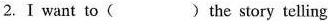
2. I want to ( ) the story telling